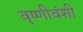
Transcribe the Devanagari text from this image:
वृष्णीवंशी